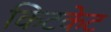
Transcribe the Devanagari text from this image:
किटकेट